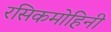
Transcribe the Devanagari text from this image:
रसिकमोहिनी